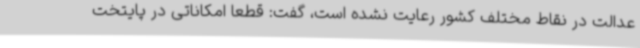
عدالت در نقاط مختلف کشور رعایت نشده است، گفت: قطعا امکاناتی در پایتخت